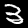
Digit: 3